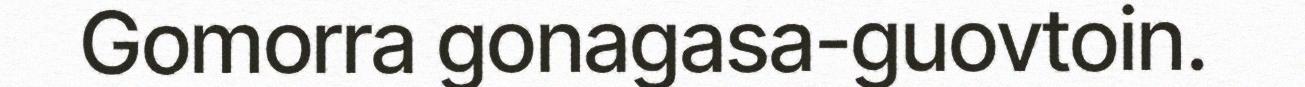
Gomorra gonagasa-guovtoin.